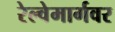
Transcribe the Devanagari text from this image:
रेल्वेमार्गवर